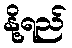
နို့ရည်